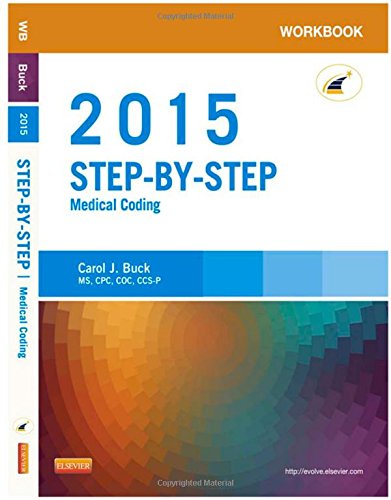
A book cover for Workbook for Step-by-Step Medical Coding, 2015 Edition, 1e; Carol J. Buck MS  CPC  CCS-P; Medical Books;